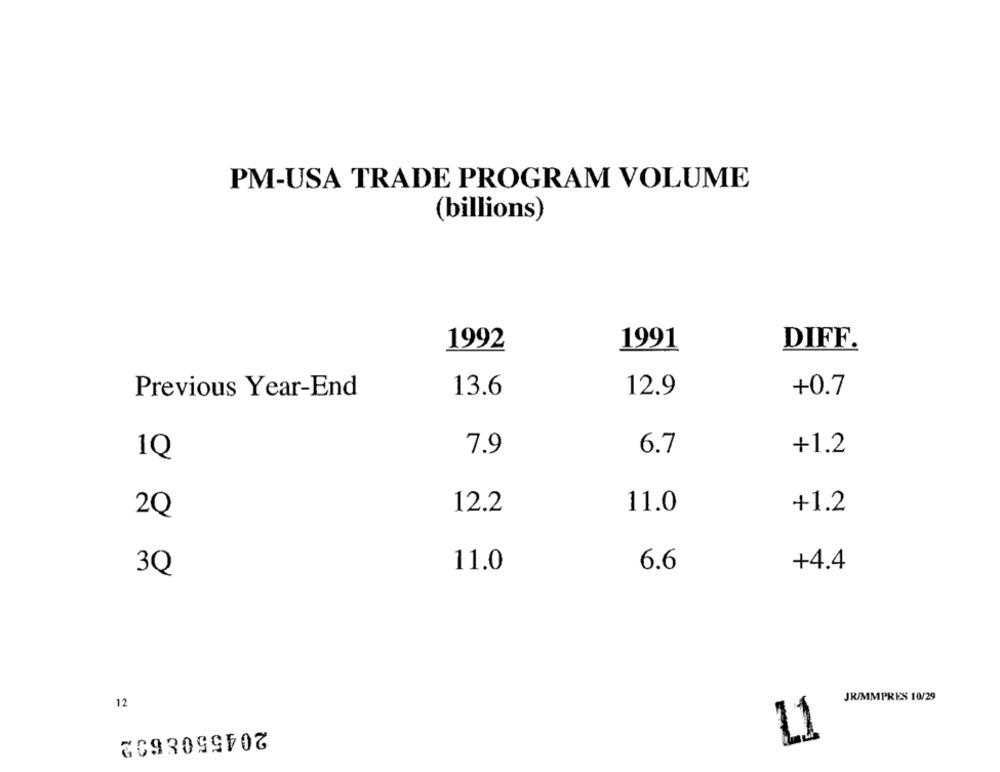
PM-USA TRADE PROGRAM VOLUME
(billions)
1992
1991
DIFF.
Previous Year-End
13.6
12.9
+0.7
+1.2
1Q
7.9
6.7
12.2
11.0
+1.2
2Q
3Q
11.0
6.6
+4.4
JR/MMPRES 10/29
12
2045508602
L1